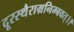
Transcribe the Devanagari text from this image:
दूरस्थैराम्रनिम्बवत्।।